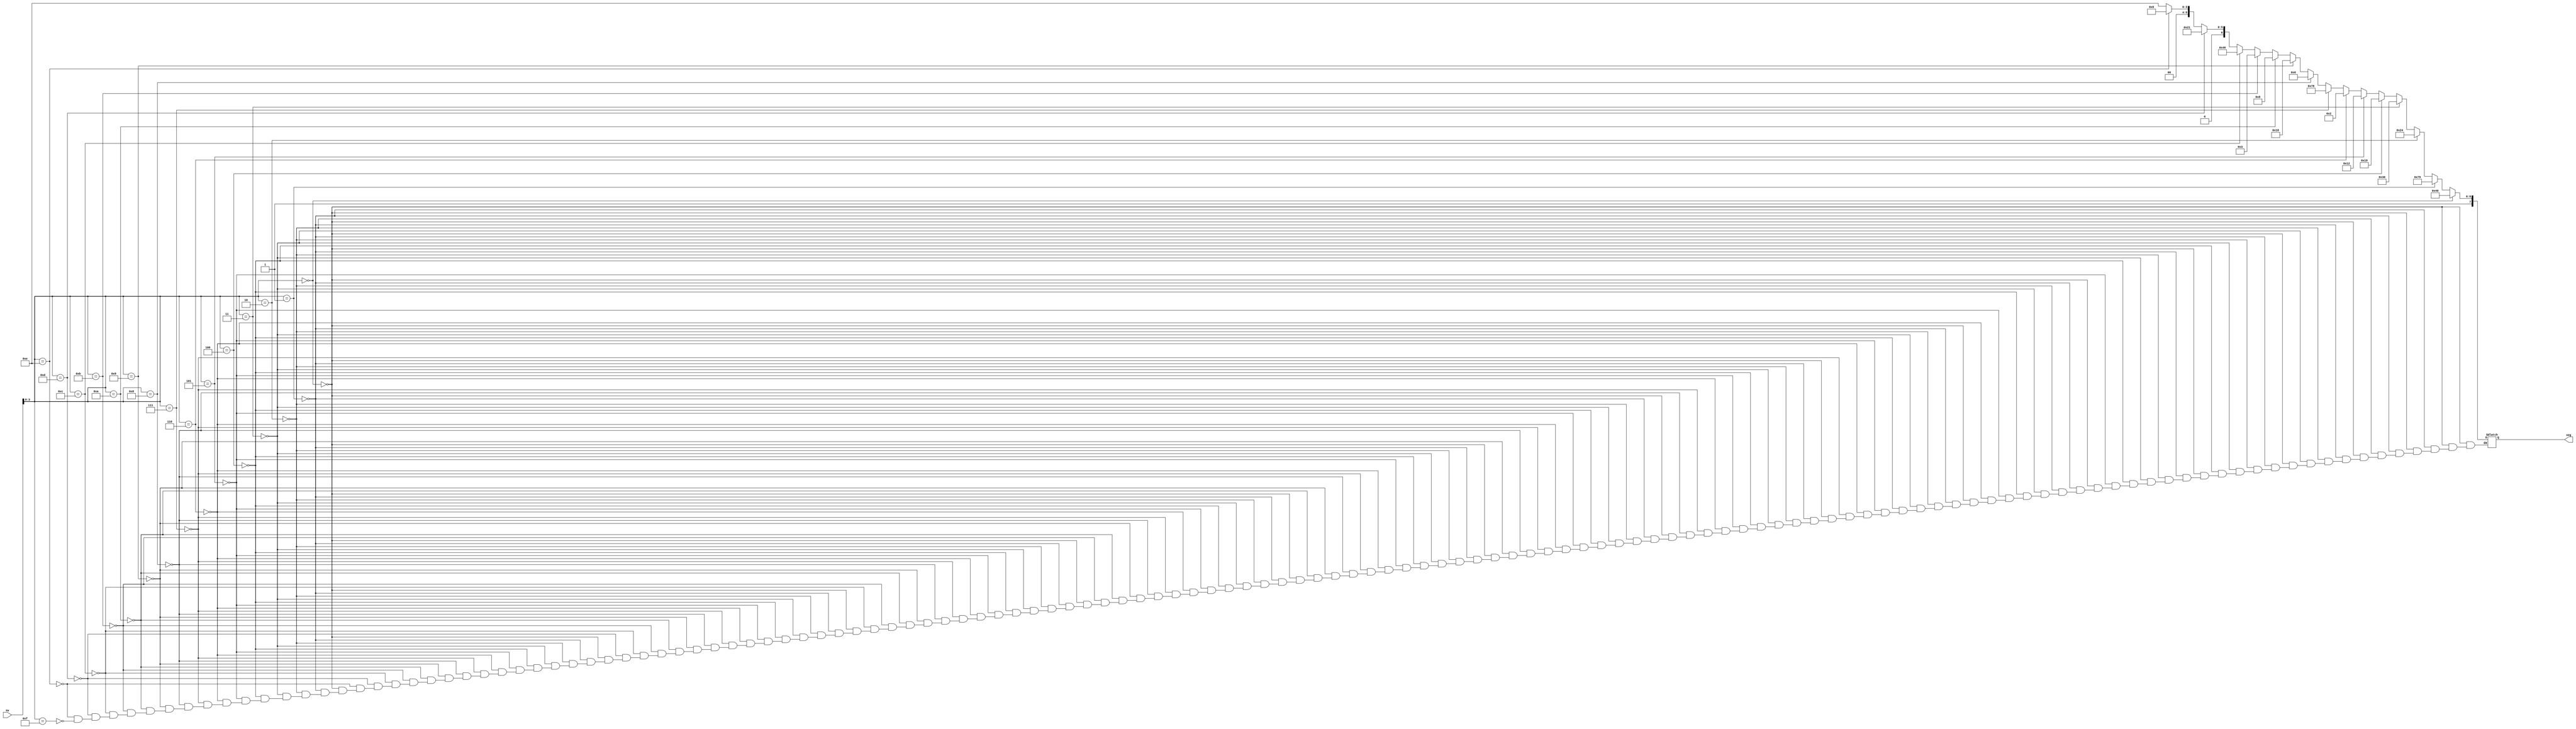
module seg1(sw, seg);
    input [15:0] sw;
    output reg [7:0] seg;
    always @(sw) begin
    if     (sw[3:0]==4'b0000)seg[7:0]=8'b11000000;
    else if(sw[3:0]==4'b0001)seg[7:0]=8'b11111001;
    else if(sw[3:0]==4'b0010)seg[7:0]=8'b10100100;
    else if(sw[3:0]==4'b0011)seg[7:0]=8'b10110000;
    else if(sw[3:0]==4'b0100)seg[7:0]=8'b10011001;
    else if(sw[3:0]==4'b0101)seg[7:0]=8'b10010010;
    else if(sw[3:0]==4'b0110)seg[7:0]=8'b10000010;
    else if(sw[3:0]==4'b0111)seg[7:0]=8'b11111000;
    else if(sw[3:0]==4'b1000)seg[7:0]=8'b10000000;
    else if(sw[3:0]==4'b1001)seg[7:0]=8'b10011000;
    else if(sw[3:0]==4'b1010)seg[7:0]=8'b10001000;
    else if(sw[3:0]==4'b1011)seg[7:0]=8'b10000011;
    else if(sw[3:0]==4'b1100)seg[7:0]=8'b11000110;
    else if(sw[3:0]==4'b1101)seg[7:0]=8'b10100001;
    else if(sw[3:0]==4'b1110)seg[7:0]=8'b10000110;
    else if(sw[3:0]==4'b1111)seg[7:0]=8'b10001110;
    end
endmodule